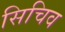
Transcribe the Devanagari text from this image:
सिचिव